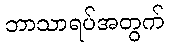
ဘာသာရပ်အတွက်